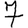
Digit: 7